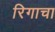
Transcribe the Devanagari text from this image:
रिगाचा